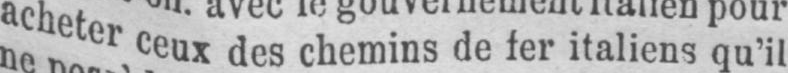
acheterceux des chemins de fer italiens qu’il